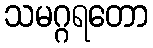
သမဂ္ဂရတော